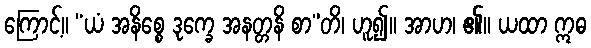
ကြောင့်။ “ယံ အနိစ္စေ ဒုက္ခေ အနတ္တနိ စာ”တိ၊ ဟူ၍။ အာဟ၊ ၏။ ယထာ ဣဓ